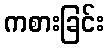
ကစားခြင်း